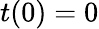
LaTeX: t(0)=0